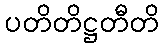
ပတိတိဋ္ဌတီတိ